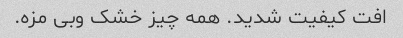
افت کیفیت شدید. همه چیز خشک و‌بی مزه.